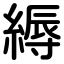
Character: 縟